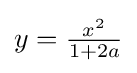
y={\tfrac {x^{2}}{1+2a}}